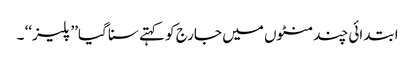
ابتدائی چند منٹوں میں جارج کو کہتے سنا گیا’’ پلیز‘‘ ۔